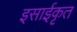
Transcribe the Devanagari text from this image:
इसाईकृत